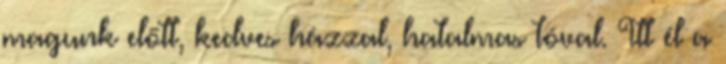
magunk előtt, kedves házzal, hatalmas tóval. Itt él a